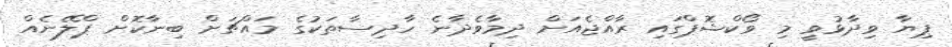
ޕިޔާ ވިދާޅުވީ މި ވޯކްޝޮޕްގައި ރާއްޖެއަށް ދިމާވެދާނެ ހާދިސާތަކުގެ މައްޗަށް ބިނާކޮށް ޕްލޭނެއް